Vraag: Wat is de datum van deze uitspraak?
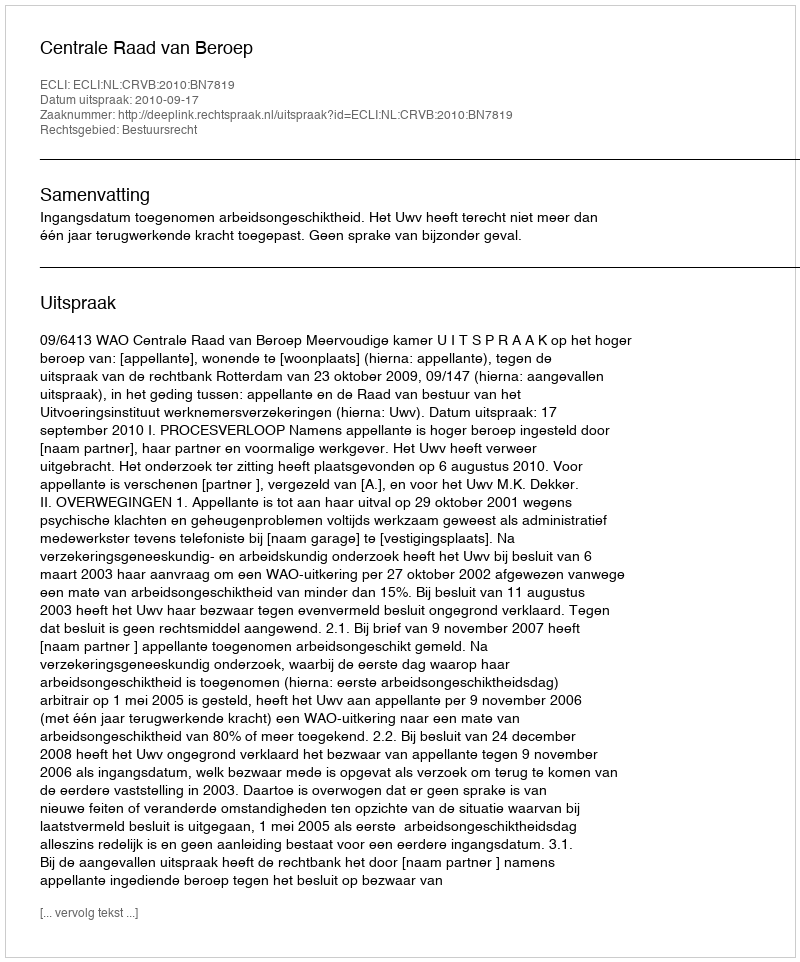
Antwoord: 2010-09-17